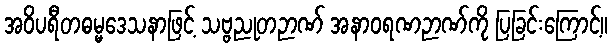
အဝိပရီတဓမ္မဒေသနာဖြင့် သဗ္ဗညုတဉာဏ် အနာဝရဏဉာဏ်ကို ပြခြင်းကြောင့်။